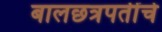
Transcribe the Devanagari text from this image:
बालछत्रपतींचे